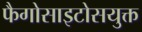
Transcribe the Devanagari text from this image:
फैगोसाइटोसयुक्त